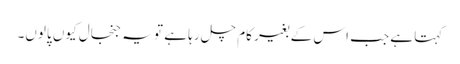
کہتا ہے جب اس کے بغیر کام چل رہا ہے تو یہ جنجال کیوں پالوں۔